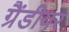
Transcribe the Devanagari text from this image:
ग्रैंडीयर